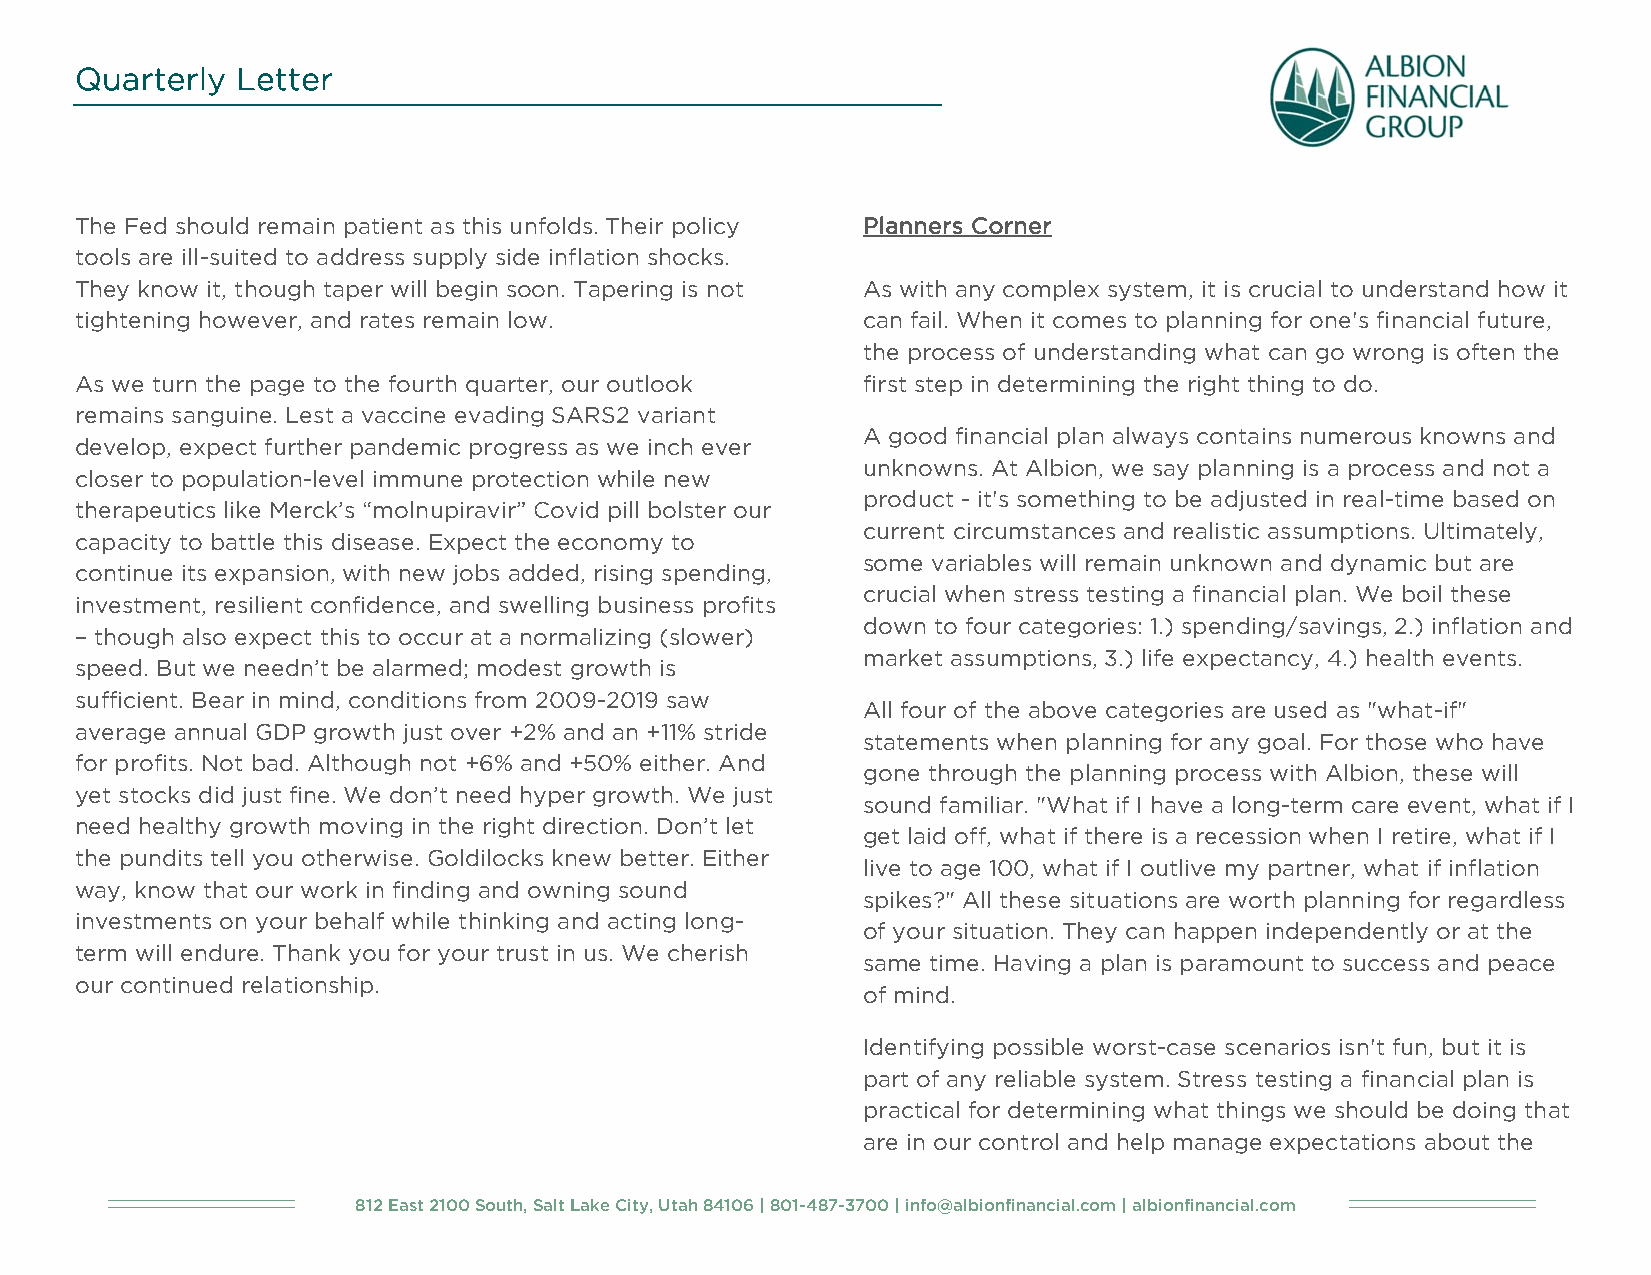
Quarterly  Letter
 The Fed should remain patient as this unfolds. Their policy Planners Corner
 tools are ill-suited to address supply side inflation shocks.
 They know it, though taper will begin soon. Tapering is not As with any complex system, it is crucial to understand how it
 tightening however, and rates remain low.           can fail. When it comes to planning for one's financial future,
 the process of understanding what can go wrong is often the
 As we turn the page to the fourth quarter, our outlook first step in determining the right thing to do.
 remains sanguine. Lest a vaccine evading SARS2 variant
 A good financial plan always contains numerous knowns and
 develop, expect further pandemic progress as we inch ever
 unknowns. At Albion, we say planning is a process and not a
 closer to population-level immune protection while new
 product - it's something to be adjusted in real-time based on
 therapeutics like Merck’s “molnupiravir” Covid pill bolster our
 current circumstances and realistic assumptions. Ultimately,
 capacity to battle this disease. Expect the economy to
 some variables will remain unknown and dynamic but are
 continue its expansion, with new jobs added, rising spending,
 crucial when stress testing a financial plan. We boil these
 investment, resilient confidence, and swelling business profits
 down to four categories: 1.) spending/savings, 2.) inflation and
 – though also expect this to occur at a normalizing (slower)
 market assumptions, 3.) life expectancy, 4.) health events.
 speed. But we needn’t be alarmed; modest growth is
 sufficient. Bear in mind, conditions from 2009-2019 saw
 All four of the above categories are used as "what-if"
 average annual GDP growth just over +2% and an +11% stride
 statements when planning for any goal. For those who have
 for profits. Not bad. Although not +6% and +50% either. And
 gone through the planning process with Albion, these will
 yet stocks did just fine. We don’t need hyper growth. We just
 sound familiar. "What if I have a long-term care event, what if I
 need healthy growth moving in the right direction. Don’t let
 get laid off, what if there is a recession when I retire, what if I
 the pundits tell you otherwise. Goldilocks knew better. Either
 live to age 100, what if I outlive my partner, what if inflation
 way, know that our work in finding and owning sound
 spikes?" All these situations are worth planning for regardless
 investments on your behalf while thinking and acting long-
 of your situation. They can happen independently or at the
 term will endure. Thank you for your trust in us. We cherish
 same time. Having a plan is paramount to success and peace
 our continued relationship.
 of mind.
 Identifying possible worst-case scenarios isn't fun, but it is
 part of any reliable system. Stress testing a financial plan is
 practical for determining what things we should be doing that
 are in our control and help manage expectations about the
 812 East 2100 South, Salt Lake City, Utah 84106 | 801-487-3700 | info@albionfinancial.com | albionfinancial.com